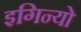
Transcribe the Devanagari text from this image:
इगिन्यो